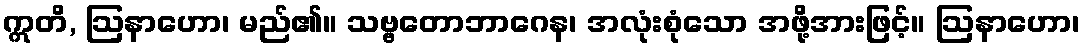
ဣတိ, ဩနာဟော၊ မည်၏။ သဗ္ဗတောဘာဂေန၊ အလုံးစုံသော အဖို့အားဖြင့်။ ဩနာဟော၊